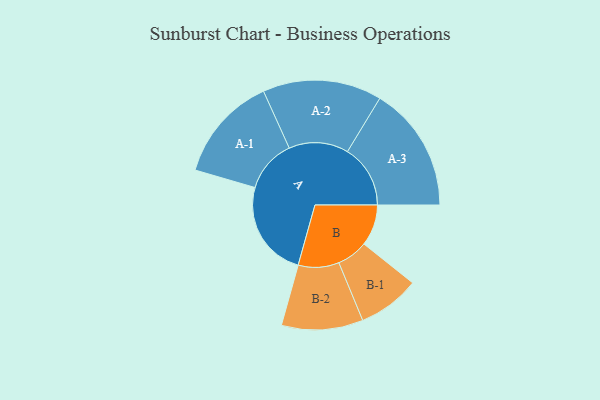
{"axis": {"x": "Segment", "y": "Value"}, "legend": ["", "A", "B"], "data": [{"x": "A", "y": 435, "type": ""}, {"x": "B", "y": 185, "type": ""}, {"x": "A-1", "y": 237, "type": "A"}, {"x": "A-2", "y": 267, "type": "A"}, {"x": "A-3", "y": 282, "type": "A"}, {"x": "B-1", "y": 139, "type": "B"}, {"x": "B-2", "y": 183, "type": "B"}]}